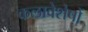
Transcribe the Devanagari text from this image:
कलावेशेषों